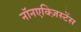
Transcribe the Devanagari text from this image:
नॉनएक्ज़िस्टेंस